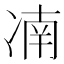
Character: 㓓